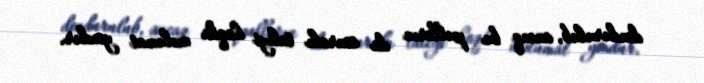
dondurulub, ancaq bu pulların da sonrakı taleyi haqda məlumat yoxdur.